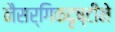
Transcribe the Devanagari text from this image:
नैसर्गिकदृष्टीने